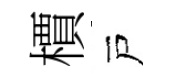
檟戸